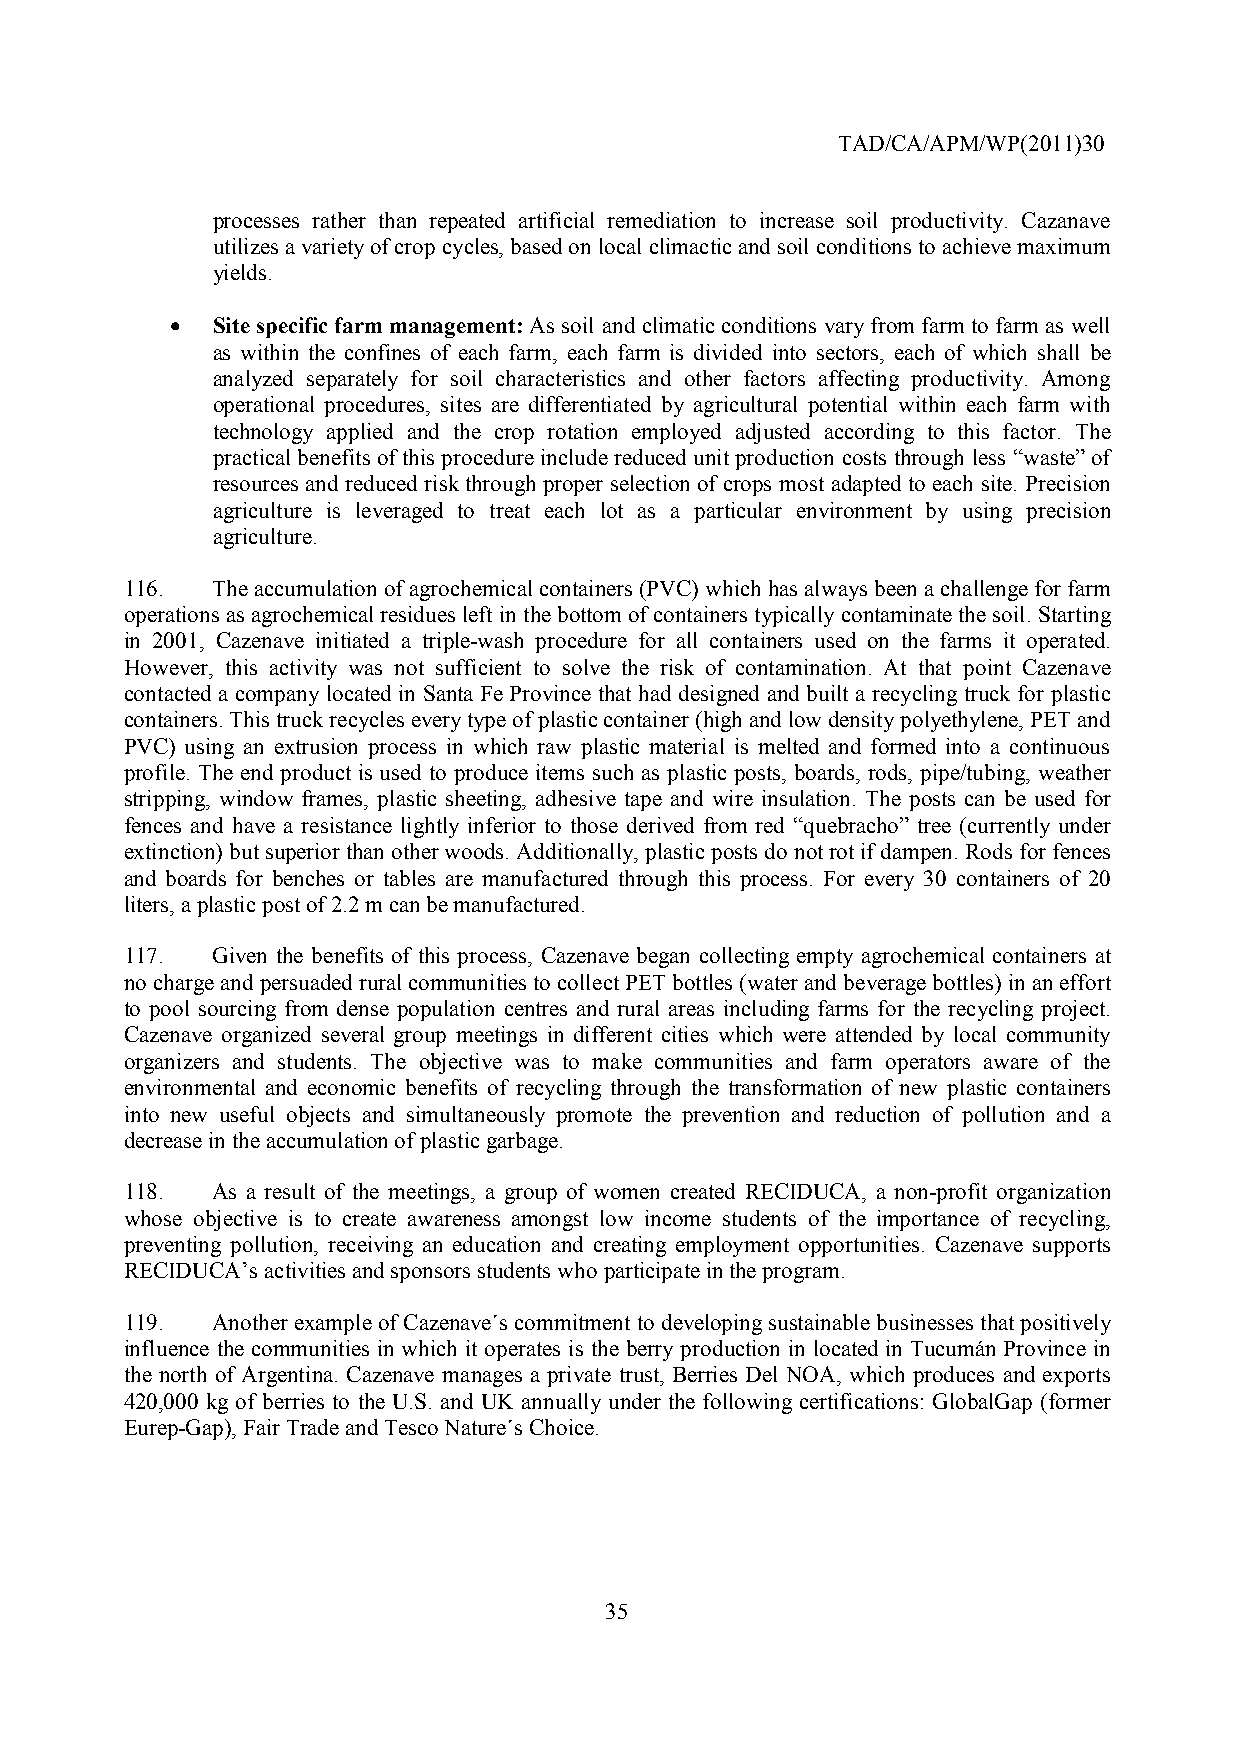
TAD/CA/APM/WP(2011)30
 processes rather than repeated artificial remediation to increase soil productivity. Cazanave
 utilizes a variety of crop cycles, based on local climactic and soil conditions to achieve maximum
 yields.
 •  Site specific farm management: As soil and climatic conditions vary from farm to farm as well
 as within the confines of each farm, each farm is divided into sectors, each of which shall be
 analyzed separately for soil characteristics and other factors affecting productivity. Among
 operational procedures, sites are differentiated by agricultural potential within each farm with
 technology applied and the crop rotation employed adjusted according to this factor. The
 practical benefits of this procedure include reduced unit production costs through less “waste” of
 resources and reduced risk through proper selection of crops most adapted to each site. Precision
 agriculture is leveraged to treat each lot as a particular environment by using precision
 agriculture.
 116.  The accumulation of agrochemical containers (PVC) which has always been a challenge for farm
 operations as agrochemical residues left in the bottom of containers typically contaminate the soil. Starting
 in 2001, Cazenave initiated a triple-wash procedure for all containers used on the farms it operated.
 However, this activity was not sufficient to solve the risk of contamination. At that point Cazenave
 contacted a company located in Santa Fe Province that had designed and built a recycling truck for plastic
 containers. This truck recycles every type of plastic container (high and low density polyethylene, PET and
 PVC) using an extrusion process in which raw plastic material is melted and formed into a continuous
 profile. The end product is used to produce items such as plastic posts, boards, rods, pipe/tubing, weather
 stripping, window frames, plastic sheeting, adhesive tape and wire insulation. The posts can be used for
 fences and have a resistance lightly inferior to those derived from red “quebracho” tree (currently under
 extinction) but superior than other woods. Additionally, plastic posts do not rot if dampen. Rods for fences
 and boards for benches or tables are manufactured through this process. For every 30 containers of 20
 liters, a plastic post of 2.2 m can be manufactured.
 117.  Given the benefits of this process, Cazenave began collecting empty agrochemical containers at
 no charge and persuaded rural communities to collect PET bottles (water and beverage bottles) in an effort
 to pool sourcing from dense population centres and rural areas including farms for the recycling project.
 Cazenave organized several group meetings in different cities which were attended by local community
 organizers and students. The objective was to make communities and farm operators aware of the
 environmental and economic benefits of recycling through the transformation of new plastic containers
 into new useful objects and simultaneously promote the prevention and reduction of pollution and a
 decrease in the accumulation of plastic garbage.
 118.  As a result of the meetings, a group of women created RECIDUCA, a non-profit organization
 whose objective is to create awareness amongst low income students of the importance of recycling,
 preventing pollution, receiving an education and creating employment opportunities. Cazenave supports
 RECIDUCA’s activities and sponsors students who participate in the program.
 119.  Another example of Cazenave´s commitment to developing sustainable businesses that positively
 influence the communities in which it operates is the berry production in located in Tucumán Province in
 the north of Argentina. Cazenave manages a private trust, Berries Del NOA, which produces and exports
 420,000 kg of berries to the U.S. and UK annually under the following certifications: GlobalGap (former
 Eurep-Gap), Fair Trade and Tesco Nature´s Choice.
 35